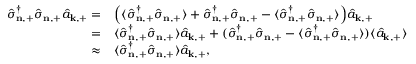
\begin{array} { r l } { \hat { \sigma } _ { \mathbf { n } , + } ^ { \dagger } \hat { \sigma } _ { \mathbf { n } , + } \hat { a } _ { \mathbf { k } , + } = } & { { } \Big ( \langle \hat { \sigma } _ { \mathbf { n } , + } ^ { \dagger } \hat { \sigma } _ { \mathbf { n } , + } \rangle + \hat { \sigma } _ { \mathbf { n } , + } ^ { \dagger } \hat { \sigma } _ { \mathbf { n } , + } - \langle \hat { \sigma } _ { \mathbf { n } , + } ^ { \dagger } \hat { \sigma } _ { \mathbf { n } , + } \rangle \Big ) \hat { a } _ { \mathbf { k } , + } } \\ { = } & { { } \langle \hat { \sigma } _ { \mathbf { n } , + } ^ { \dagger } \hat { \sigma } _ { \mathbf { n } , + } \rangle \hat { a } _ { \mathbf { k } , + } + ( \hat { \sigma } _ { \mathbf { n } , + } ^ { \dagger } \hat { \sigma } _ { \mathbf { n } , + } - \langle \hat { \sigma } _ { \mathbf { n } , + } ^ { \dagger } \hat { \sigma } _ { \mathbf { n } , + } \rangle ) \langle \hat { a } _ { \mathbf { k } , + } \rangle } \\ { \approx } & { { } \langle \hat { \sigma } _ { \mathbf { n } , + } ^ { \dagger } \hat { \sigma } _ { \mathbf { n } , + } \rangle \hat { a } _ { \mathbf { k } , + } , } \end{array}